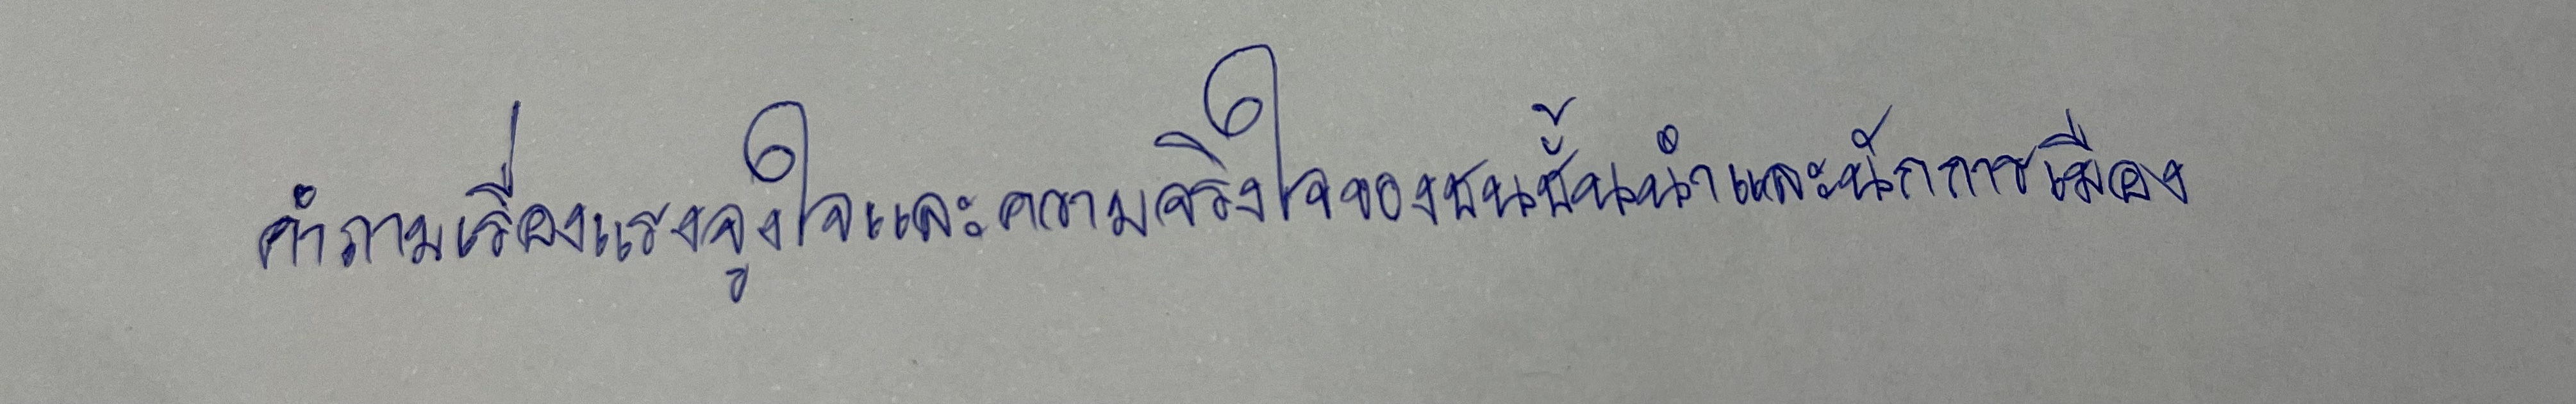
คำถามเรื่องแรงจูงใจและความจริงใจของชนชั้นนำและนักการเมือง